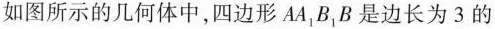
如图所示的几何体中，四边形AA_{1}B_{1}B是边长为3的